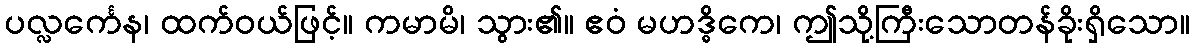
ပလ္လင်္ကေန၊ ထက်ဝယ်ဖြင့်။ ကမာမိ၊ သွား၏။ ဧဝံ မဟဒ္ဓိကေ၊ ဤသို့ကြီးသောတန်ခိုးရှိသော။